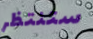
ستنتظر